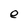
Character: e